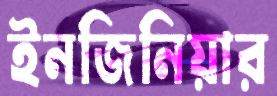
ইনজিনিয়ার